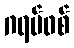
ဂရပ်ဖစ်